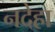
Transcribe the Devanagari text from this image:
नदेहा